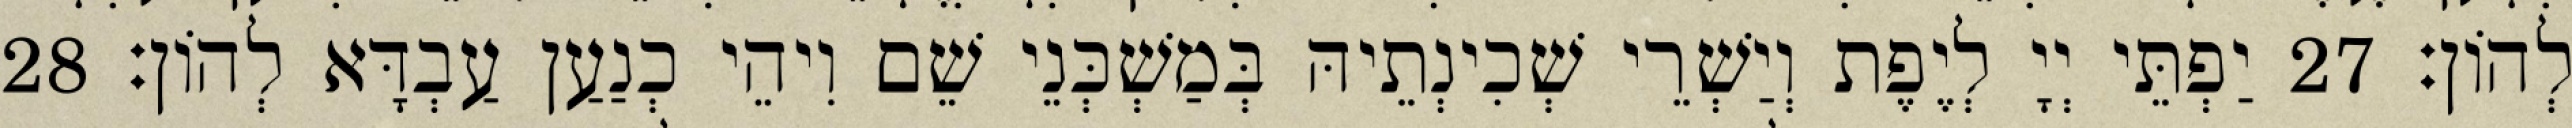
לְהוֹן׃ 27 יַפְתֵּי יְיָ לְיֶפֶת וְיַשְׁרֵי שְׁכִינְתֵיהּ בְּמַשְׁכְּנֵי שֵׁם וִיהֵי כְנַעַן עַבְדָּא לְהוֹן׃ 28